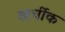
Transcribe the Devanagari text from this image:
खर्चीक